Lunatic asylums in Bengal annual reports 1912-1924 - 1912-1924
Year: 1912
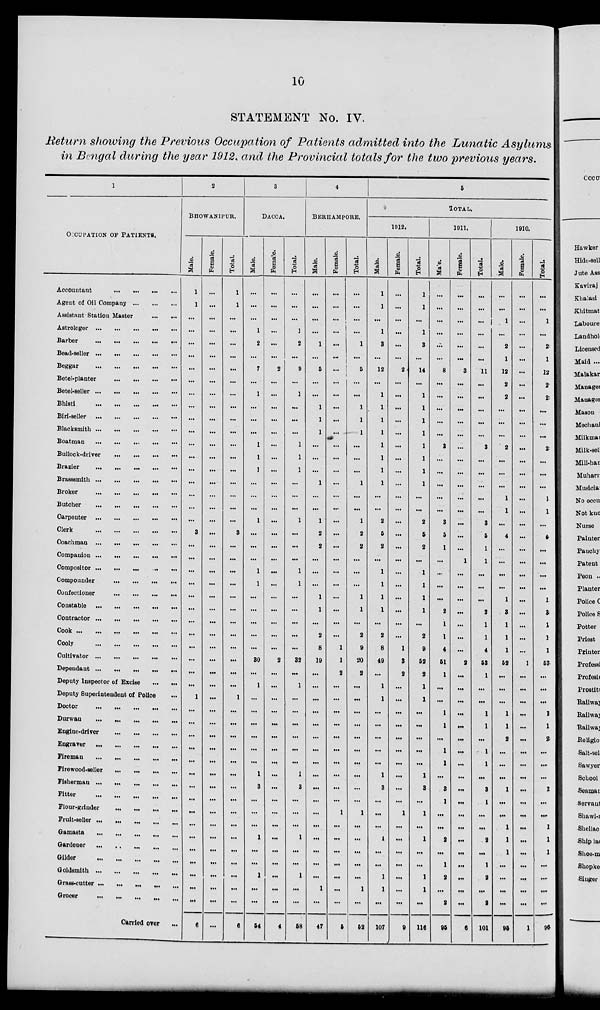
10
STATEMENT No. IV.
Return showing the Previous Occupation of Patients admitted into the Lunatic Asylums
in Bengal during the year 1912, and the Provincial totals for the two previous years.
1
OCCUPATION OF PATIENTS.
Accountant
...
...
...
...
Agent of Oil Company
...
...
...
Assistant Station Master ... ...
Astrologer ... ... ... ... ...
Barber
...
...
...
...
...
Bead-seller
...
...
...
...
...
Beggar
...
...
...
...
...
Betel-planter
...
...
...
...
Betel-seller
...
...
...
...
...
Bbisti
...
...
...
...
...
Bid-seller
...
...
...
...
...
Blacksmith
...
...
...
...
...
Boatman
...
...
...
...
...
Bullock-driver
...
...
...
...
Brazier
...
...
...
...
...
Brasssmith
...
...
...
...
...
Broker
...
...
...
...
Butcher
...
...
...
...
...
Carpenter
...
...
...
...
...
Clerk
...
...
...
...
...
Coachman
...
...
...
...
...
Companion
...
...
...
...
...
Compositor
...
...
...
...
...
Compounder ... ... ... ... ...
Confectioner
...
...
...
...
...
Constable
...
...
...
...
...
Contractor
...
...
...
...
...
Cook
...
...
...
...
...
Cooly
...
...
...
...
...
Cultivator
...
...
...
...
...
Dependant
...
...
...
...
...
Deputy Inspector of Excise
...
...
Deputy Superintendent of Police ...
Doctor
...
...
...
...
...
Durwan
...
...
...
...
...
Engine-driver
...
...
...
...
Engraver
...
...
...
...
...
Fireman
...
...
...
...
...
Firewood-seller
...
...
...
...
Fisherman
...
...
...
...
...
Fitter
...
...
...
...
...
Flour-grinder
...
...
...
...
Fruit-seller
...
...
...
...
...
Gamasta ... ... ... ... ...
Gardener
...
...
...
...
...
Gilder
...
...
...
...
...
Goldsmith
...
...
...
...
...
Grass-cutter
...
...
...
...
...
Grocer ... ... ... ... ...
Carried over ...
2
BHOWANIPUR.
Male.
1
1
...
...
...
...
...
...
...
...
...
...
...
...
...
...
...
...
...
3
...
...
...
...
...
...
...
...
...
...
...
...
1
...
...
...
...
...
...
...
...
...
...
...
...
...
...
...
...
6
Female.
...
...
...
...
...
...
...
...
...
...
...
...
...
...
...
...
...
...
...
...
...
...
...
...
...
...
...
...
...
...
...
...
...
...
...
...
...
...
...
...
...
...
...
...
...
...
...
...
...
...
Total.
1
1
...
...
...
...
...
...
...
...
...
...
...
...
...
...
...
...
...
3
...
...
...
...
...
...
...
...
...
...
...
...
1
...
...
...
...
...
...
...
...
...
...
...
...
...
...
...
...
6
3
DACCA.
Male.
...
...
...
1
2
...
7
...
1
...
...
...
1
1
1
...
...
...
1
...
...
...
1
1
...
...
...
...
...
30
...
1
...
...
...
...
...
...
1
3
...
...
...
1
...
...
1
...
...
54
Female.
...
...
...
...
...
...
2
...
...
...
...
...
...
...
...
...
...
...
...
...
...
...
...
...
...
...
...
...
...
2
...
...
...
...
...
...
...
...
...
...
...
...
...
...
...
...
...
...
...
4
Total.
...
...
...
1
2
...
9
...
1
...
...
...
1
1
1
...
...
...
1
...
...
...
1
1
...
...
...
...
...
32
...
1
...
...
...
...
...
...
1
3
...
...
...
1
...
...
1
...
...
58
4
BERHAMPORE.
Male.
...
...
...
...
1
...
5
...
...
1
1
1
...
...
...
1
...
...
1
2
2
...
...
...
1
1
...
2
8
19
...
...
...
...
...
...
...
...
...
...
...
...
...
...
...
...
...
1
...
47
Female.
...
...
...
...
...
...
...
...
...
...
...
...
...
...
...
...
...
...
...
...
...
...
...
...
...
...
...
...
1
1
2
...
...
...
...
...
...
...
...
...
...
1
...
...
...
...
...
...
...
5
Total.
...
...
...
...
1
...
5
...
...
1
1
1
...
...
...
1
...
...
1
2
2
...
...
...
1
1
...
2
9
20
2
...
...
...
...
...
...
...
...
...
...
1
...
...
...
...
...
1
...
52
5
TOTAL.
1912.
Male.
1
1
...
1
3
...
12
...
1
1
1
1
1
1
1
1
...
...
2
5
2
...
1
1
1
1
...
2
8
49
...
1
1
...
...
...
...
...
1
3
...
...
...
1
...
...
1
1
...
107
Female.
...
...
...
...
...
...
2
...
...
...
...
...
...
...
...
...
...
...
...
...
...
...
...
...
...
...
...
...
1
3
2
...
...
...
...
...
...
...
...
...
...
1
...
...
...
...
...
...
...
9
Total.
1
1
...
1
3
...
14
...
1
1
1
1
1
1
1
1
...
...
2
5
2
...
1
1
1
1
...
2
9
52
2
1
1
...
...
...
...
...
1
3
...
1
...
1
...
...
1
1
...
116
1911.
Male.
...
...
...
...
...
...
8
...
...
...
...
...
3
...
...
...
...
...
3
5
1
...
...
...
...
2
1
1
4
51
1
...
...
1
1
...
1
1
...
3
1
...
...
2
...
1
2
...
2
95
Female.
...
...
...
...
...
...
3
...
...
...
...
...
...
...
...
...
...
...
...
...
...
1
...
...
...
...
...
...
...
2
...
...
...
...
...
...
...
...
...
...
...
...
...
...
...
...
...
...
...
6
Total.
...
...
...
...
...
...
11
...
...
...
...
...
3
...
...
...
...
...
3
5
1
1
...
...
...
2
1
1
4
53
1
...
...
1
1
...
1
1
...
3
1
...
...
2
...
1
2
...
2
101
1910.
Male.
...
...
1
...
2
1
12
2
2
...
...
...
2
...
...
...
1
1
...
4
...
...
...
...
1
3
1
1
1
52
...
...
...
1
1
2
...
...
...
1
...
...
1
1
1
...
...
...
...
95
Female.
...
...
...
...
...
...
...
...
...
...
...
...
...
...
...
...
...
...
...
...
...
...
...
...
...
...
...
...
...
1
...
...
...
...
...
...
...
...
...
...
...
...
...
...
...
...
...
...
...
1
Total.
...
...
1
...
2
1
12
2
2
...
...
...
2
...
...
...
1
1
...
4
...
...
...
...
1
3
1
1
1
53
...
...
...
1
1
2
...
...
...
1
...
...
1
1
1
...
...
...
...
95